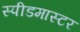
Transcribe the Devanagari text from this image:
स्पीडमास्टर